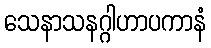
သေနာသနဂ္ဂါဟာပကာနံ